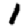
Digit: 1